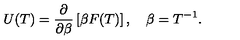
U ( T ) = \frac { \partial } { \partial \beta } \left[ \beta F ( T ) \right] , \quad \beta = T ^ { - 1 } { . }